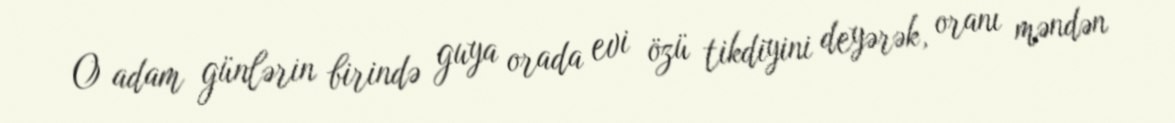
O adam günlərin birində guya orada evi özü tikdiyini deyərək, oranı məndən